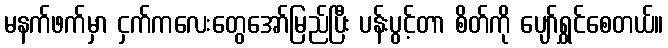
မနက်ဖက်မှာ ငှက်ကလေးတွေအော်မြည်ပြီး ပန်းပွင့်တာ စိတ်ကို ပျော်ရွှင်စေတယ်။